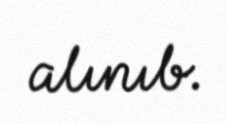
alınıb.